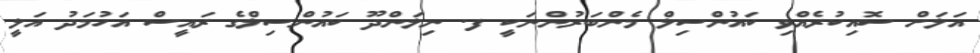
އަލަށް ސޮއިކުރެއްވި ކައުންސިލް މެންބަރުންނަކީ ފ. ނިލަންދޫ ކައުންސިލްގެ ރައީސް އަހުމަދު އަލީ